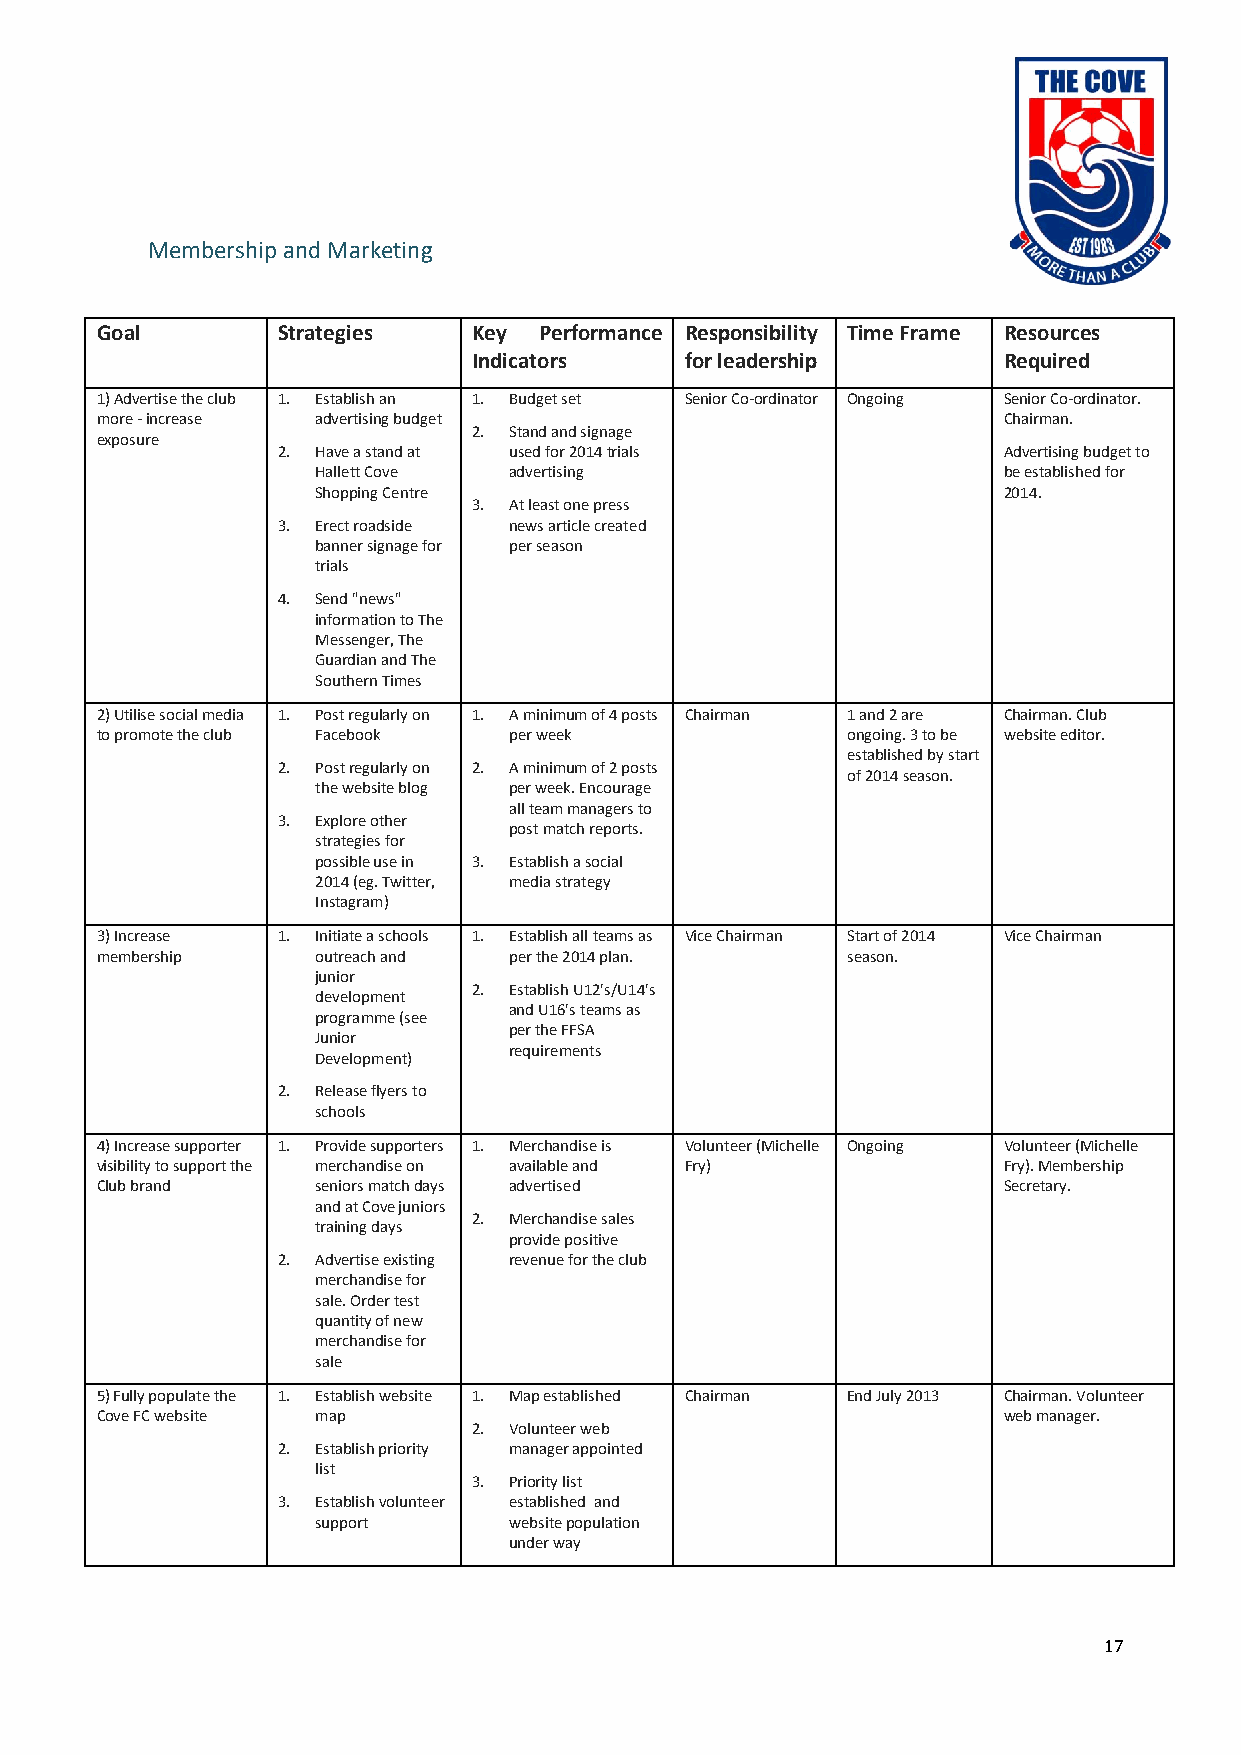
Membership and Marketing
 Goal        Strategies   Key  Performance Responsibility Time Frame Resources
 Indicators    for leadership       Required
 1) Advertise the club 1. Establish an 1. Budget set Senior Co-ordinator Ongoing Senior Co-ordinator.
 more - increase advertising budget                          Chairman.
 2. Stand and signage
 exposure
 2. Have a stand at used for 2014 trials         Advertising budget to
 Hallett Cove advertising                     be established for
 Shopping Centre                              2014.
 3. At least one press
 3. Erect roadside news article created
 banner signage for per season
 trials
 4. Send "news"
 information to The
 Messenger, The
 Guardian and The
 Southern Times
 2) Utilise social media 1. Post regularly on 1. A minimum of 4 posts Chairman 1 and 2 are Chairman. Club
 to promote the club Facebook per week             ongoing. 3 to be website editor.
 established by start
 2. Post regularly on 2. A minimum of 2 posts
 of 2014 season.
 the website blog per week. Encourage
 all team managers to
 3. Explore other
 post match reports.
 strategies for
 possible use in 3. Establish a social
 2014 (eg. Twitter, media strategy
 Instagram)
 3) Increase 1. Initiate a schools 1. Establish all teams as Vice Chairman Start of 2014 Vice Chairman
 membership     outreach and per the 2014 plan.    season.
 junior
 2. Establish U12's/U14's
 development
 and U16's teams as
 programme (see
 per the FFSA
 Junior
 requirements
 Development)
 2. Release flyers to
 schools
 4) Increase supporter 1. Provide supporters 1. Merchandise is Volunteer (Michelle Ongoing Volunteer (Michelle
 visibility to support the merchandise on available and Fry) Fry). Membership
 Club brand     seniors match days advertised                Secretary.
 and at Cove juniors
 2. Merchandise sales
 training days
 provide positive
 2. Advertise existing revenue for the club
 merchandise for
 sale. Order test
 quantity of new
 merchandise for
 sale
 5) Fully populate the 1. Establish website 1. Map established Chairman End July 2013 Chairman. Volunteer
 Cove FC website map                                         web manager.
 2. Volunteer web
 2. Establish priority manager appointed
 list
 3. Priority list
 3. Establish volunteer established and
 support      website population
 under way
 17